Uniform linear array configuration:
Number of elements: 64
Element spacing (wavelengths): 0.25
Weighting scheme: hamming
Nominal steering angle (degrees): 45
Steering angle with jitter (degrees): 46.724
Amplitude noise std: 0.05
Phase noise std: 0.05

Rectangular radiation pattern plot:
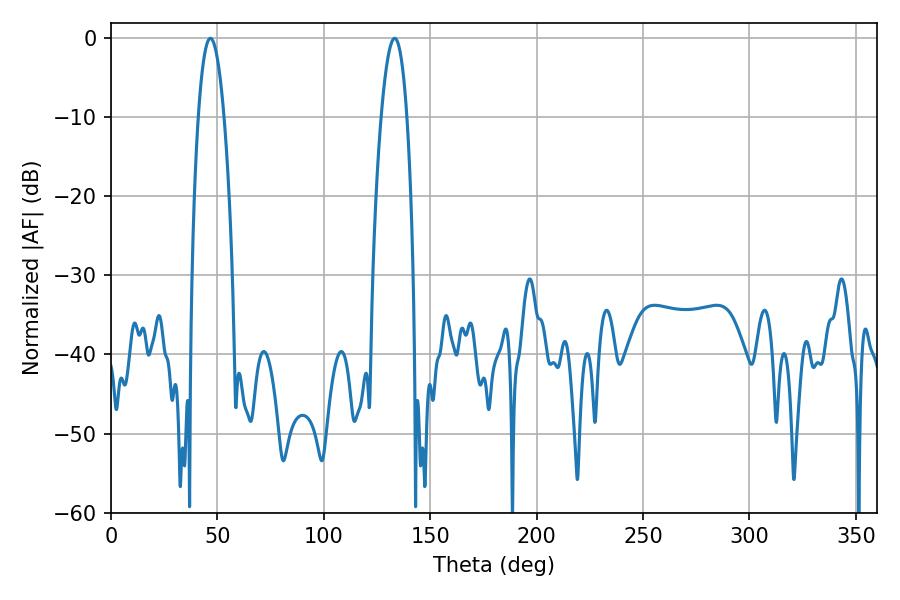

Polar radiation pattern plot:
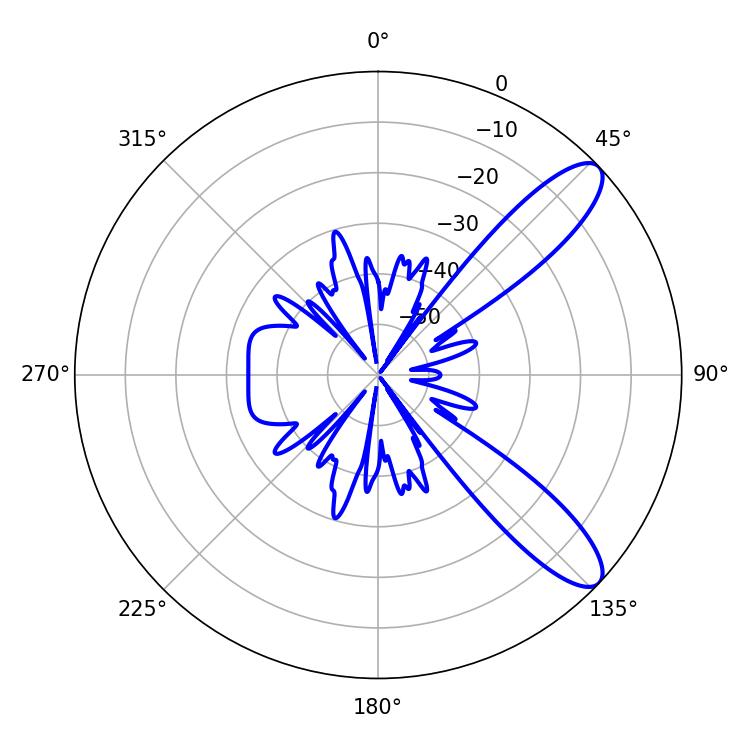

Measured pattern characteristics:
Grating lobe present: FALSE
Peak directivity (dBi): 10.396
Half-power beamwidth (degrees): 6.66
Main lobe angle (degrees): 46.62